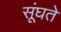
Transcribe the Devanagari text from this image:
सूंघते